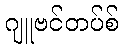
ဂျူဗင်တပ်စ်